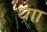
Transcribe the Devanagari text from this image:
थाा